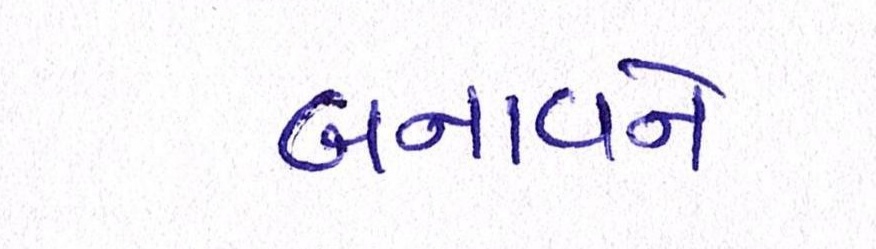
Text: બનાવને